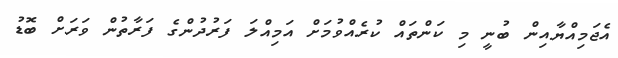
އެޖަމިއްޔާއިން ބުނީ މި ކަންތައް ކުރެއްވުމަށް އަމިއްލަ ފަރުދުންގެ ފަރާތުން ވަރަށް ބޮޑު